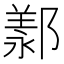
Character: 𫑩